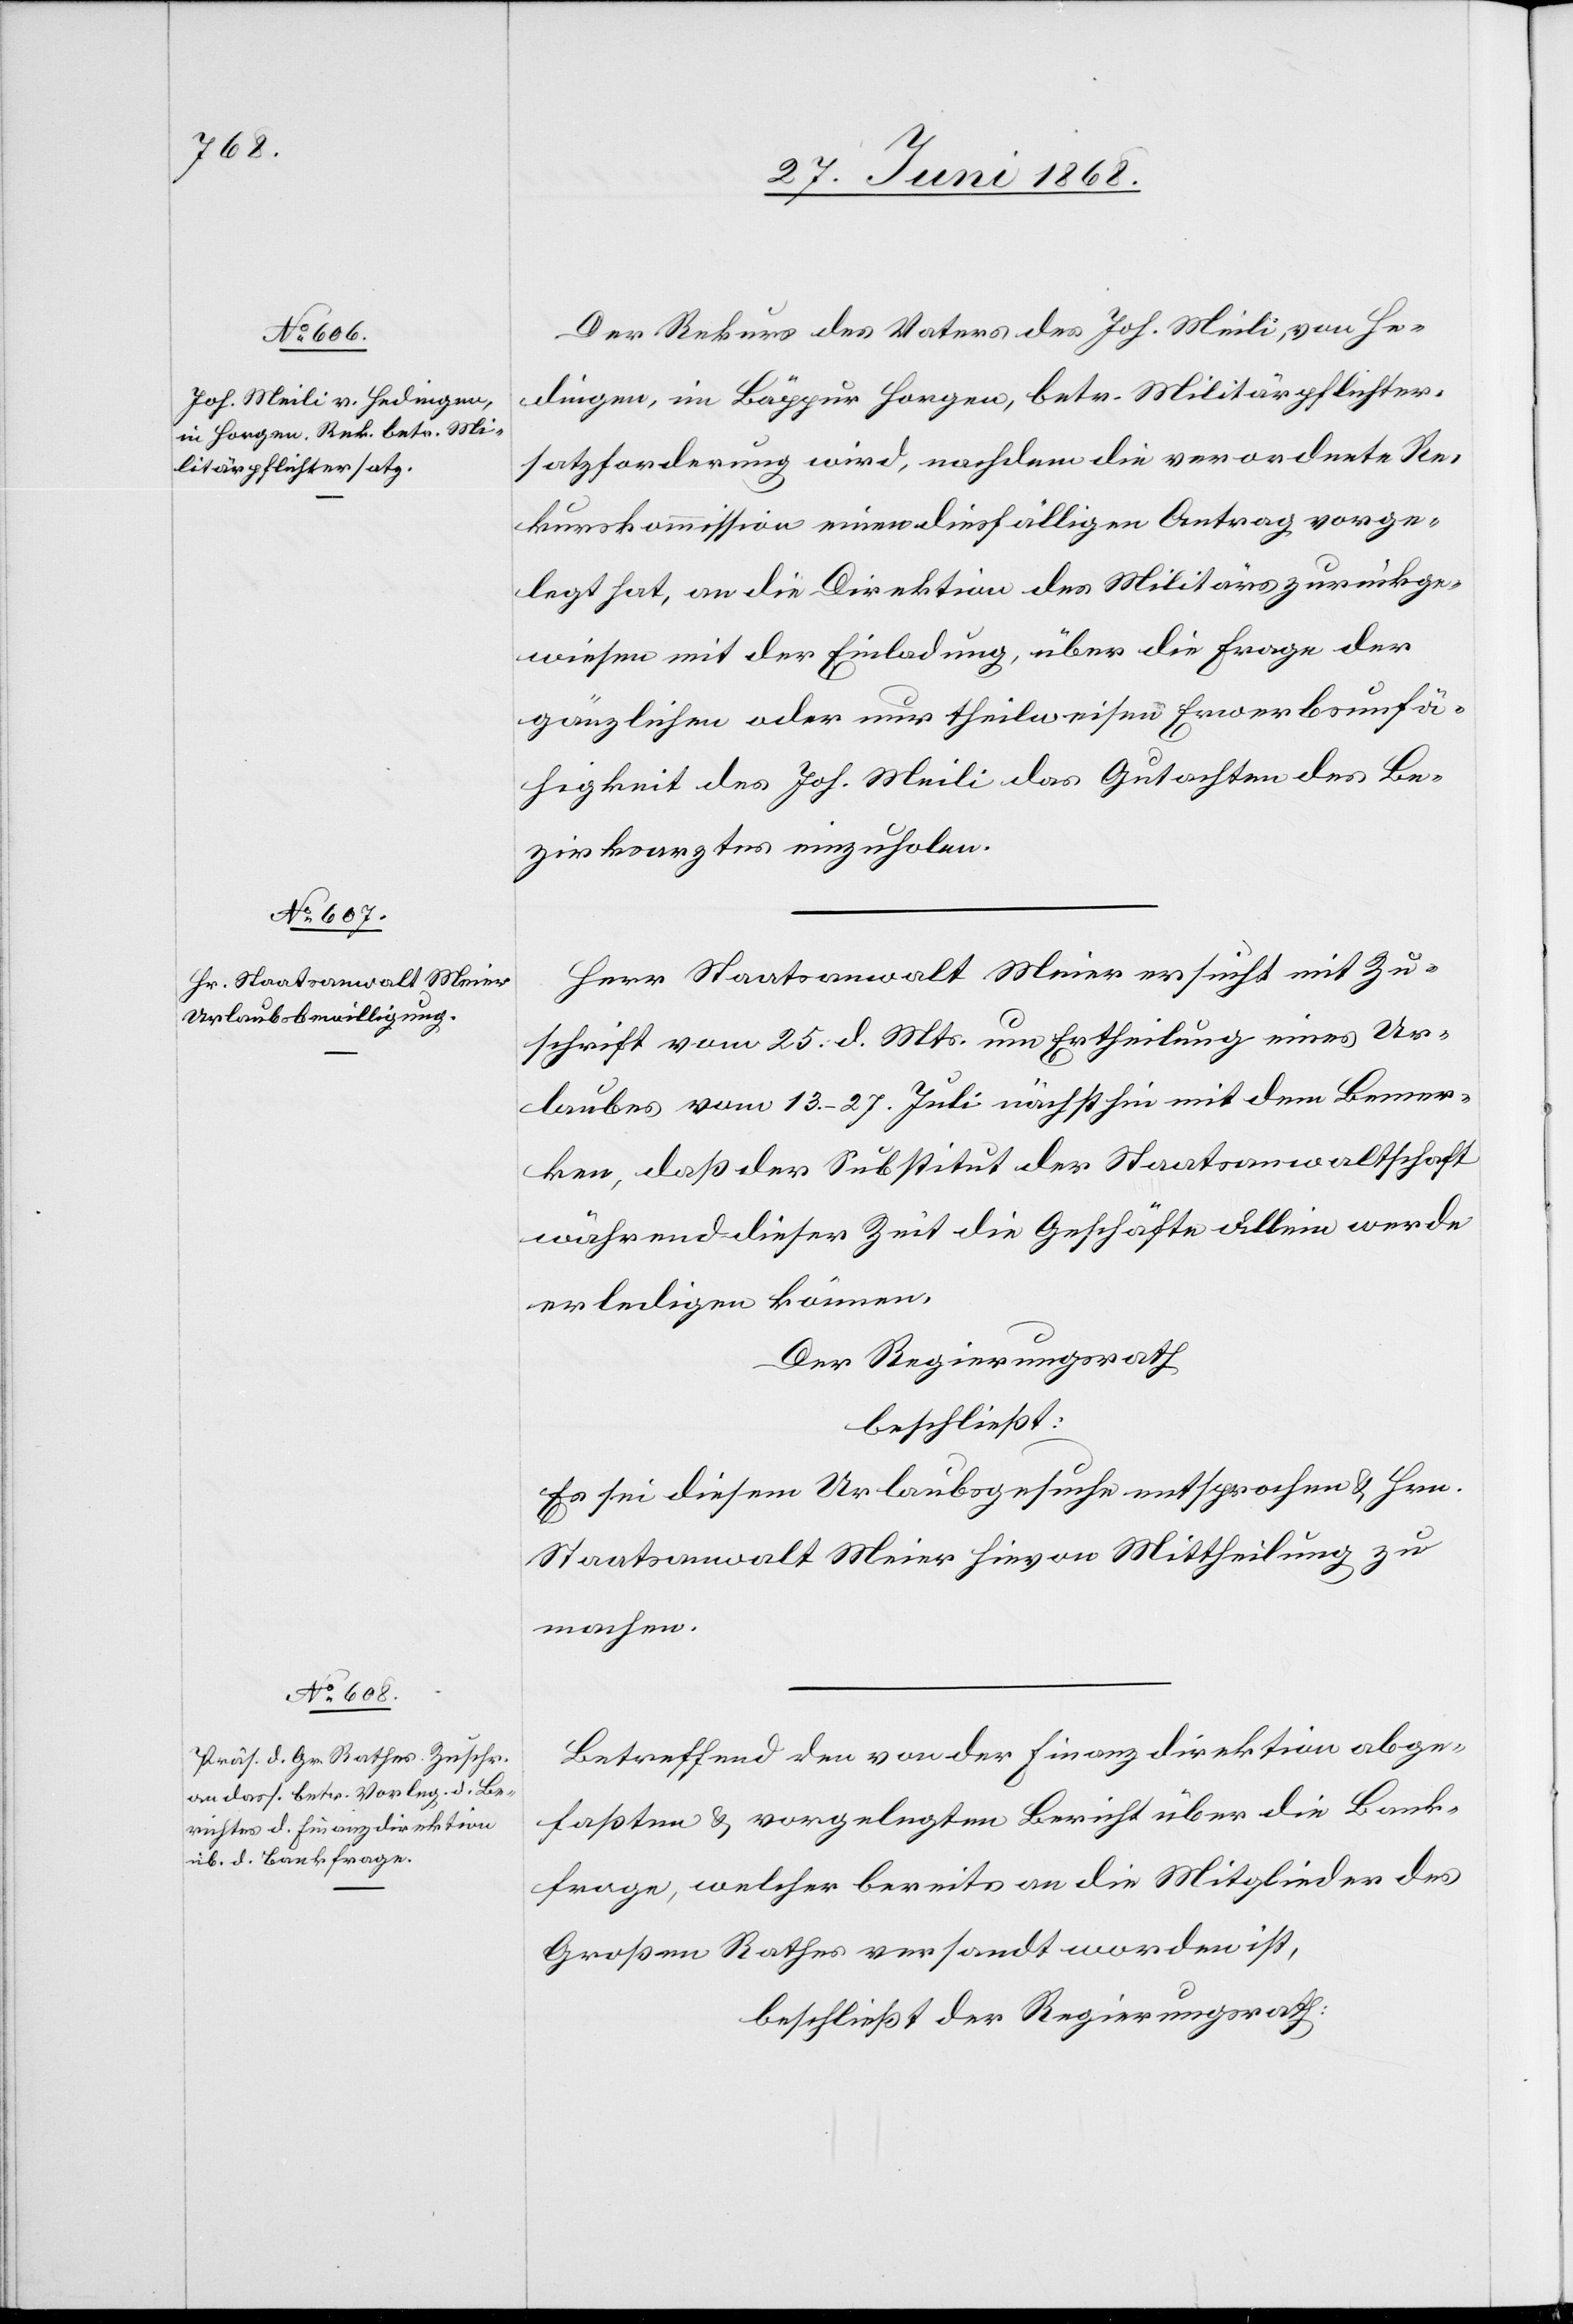
Der Rekurs des Vaters des Joh. Meili, von He¬
dingen, im Bäppur Horgen, betr. Militärpflichter¬
satzforderung wird, nachdem die verordnete Re¬
kurskommission einen diesfälligen Antrag vorge¬
legt hat, an die Direktion des Militärs zurückge¬
wiesen mit der Einladung, über die Frage der
gänzlichen oder nur theilweisen Erwerbsunfä¬
higkeit des Joh. Meili das Gutachten des Be¬
zirksarztes einzuholen.
Herr Staatsanwalt Meier ersucht mit Zu¬
schrift vom 25. d. Mts. um Ertheilung eines Ur¬
laubes vom 13.–27. Juli nächsthin mit dem Bemer¬
ken, daß der Substitut der Staatsanwaltschaft
während dieser Zeit die Geschäfte allein werde
erledigen können.
Der Regierungsrath
beschließt:
Es sei diesem Urlaubsgesuche entsprochen & Hrn.
Staatsanwalt Meier hievon Mittheilung zu
machen.
Betreffend den von der Finanzdirektion abge¬
faßten & vorgelegten Bericht über die Bank¬
frage, welcher bereits an die Mitglieder des
Großen Rathes versandt worden ist,
beschließt der Regierungsrath: